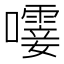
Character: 𫬝